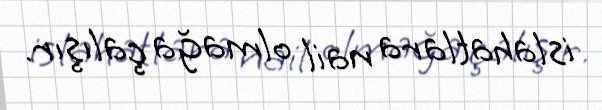
islahatlara nail olmağa çalışır.